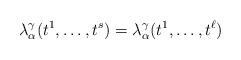
LaTeX: \begin{align*}\lambda_\alpha^\gamma(t^1, \dots, t^s)= \lambda_\alpha^\gamma (t^1, \dots, t^\ell)\end{align*}